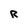
Character: R